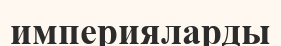
империяларды